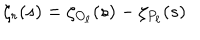
\zeta _ { r } ( s ) = \zeta _ { O _ { \ell } } ( s ) - \zeta _ { P _ { \ell } } ( s )